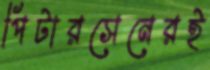
পিটারসেনেরই